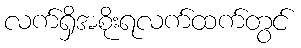
လက်ရှိအစိုးရလက်ထက်တွင်